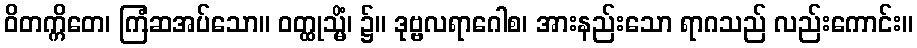
ဝိတက္ကိတေ၊ ကြံဆအပ်သော။ ဝတ္ထုသ္မိံ၊ ၌။ ဒုဗ္ဗလရာဂေါစ၊ အားနည်းသော ရာဂသည် လည်းကောင်း။